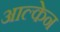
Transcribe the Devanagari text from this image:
आल्केन